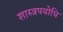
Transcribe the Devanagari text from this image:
शास्त्रपयोधि